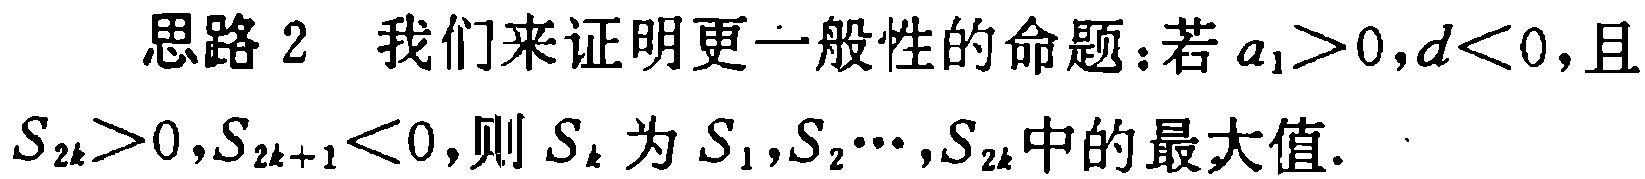
思路 2 我们来证明更一般性的命题：若 \(a_{1}>0,d<0\)，且 \(S_{2k}>0,S_{2k + 1}<0\)，则 \(S_{k}\) 为 \(S_{1},S_{2}\cdots,S_{2k}\) 中的最大值.